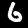
Digit: 6